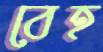
বেহ